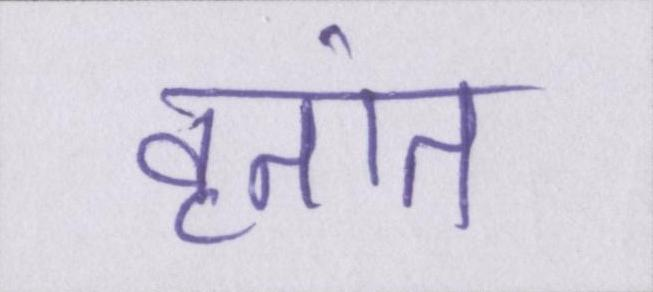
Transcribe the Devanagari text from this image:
वृतांत